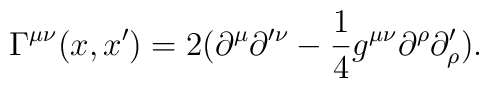
\Gamma ^{\mu \nu }(x,x^{\prime })=2(\partial ^{\mu}\partial ^{\prime \nu }- \frac{1}{4}g^{\mu \nu }\partial^{\rho }\partial _{\rho }^{\prime }).